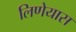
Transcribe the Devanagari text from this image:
लिणेयास